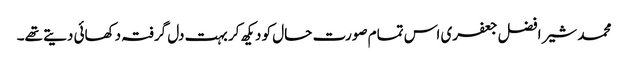
محمد شیر افضل جعفری اس تمام صورت حال کو دیکھ کر بہت دل گرفتہ دکھائی دیتے تھے۔